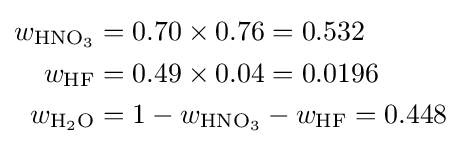
{\begin{aligned}w_{\mathrm {HNO_{3}} }&=0.70\times 0.76=0.532\\w_{\mathrm {HF} }&=0.49\times 0.04=0.0196\\w_{\mathrm {H_{2}O} }&=1-w_{\mathrm {HNO_{3}} }-w_{\mathrm {HF} }=0.448\\\end{aligned}}